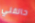
حالفني